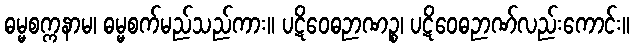
ဓမ္မစက္ကနာမ၊ ဓမ္မစက်မည်သည်ကား။ ပဋိဝေဓဉာဏဉ္စ၊ ပဋိဝေဓဉာဏ်လည်းကောင်း။